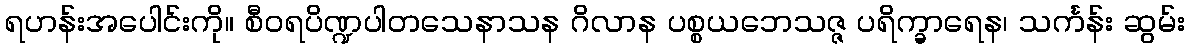
ရဟန်းအပေါင်းကို။ စီဝရပိဏ္ဍပါတသေနာသန ဂိလာန ပစ္စယဘေသဇ္ဇ ပရိက္ခာရေန၊ သင်္ကန်း ဆွမ်း